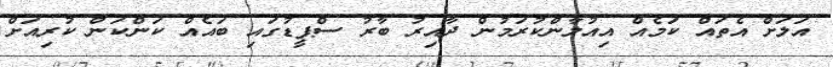
އަލަށް އެތައް ކަމެއް އިއުލާންކުރަމުން ދާއިރު ބާރު ސްޕީޑުގައި ބައެއް ކަންކަން ކުރިއަށް